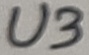
Text: U3